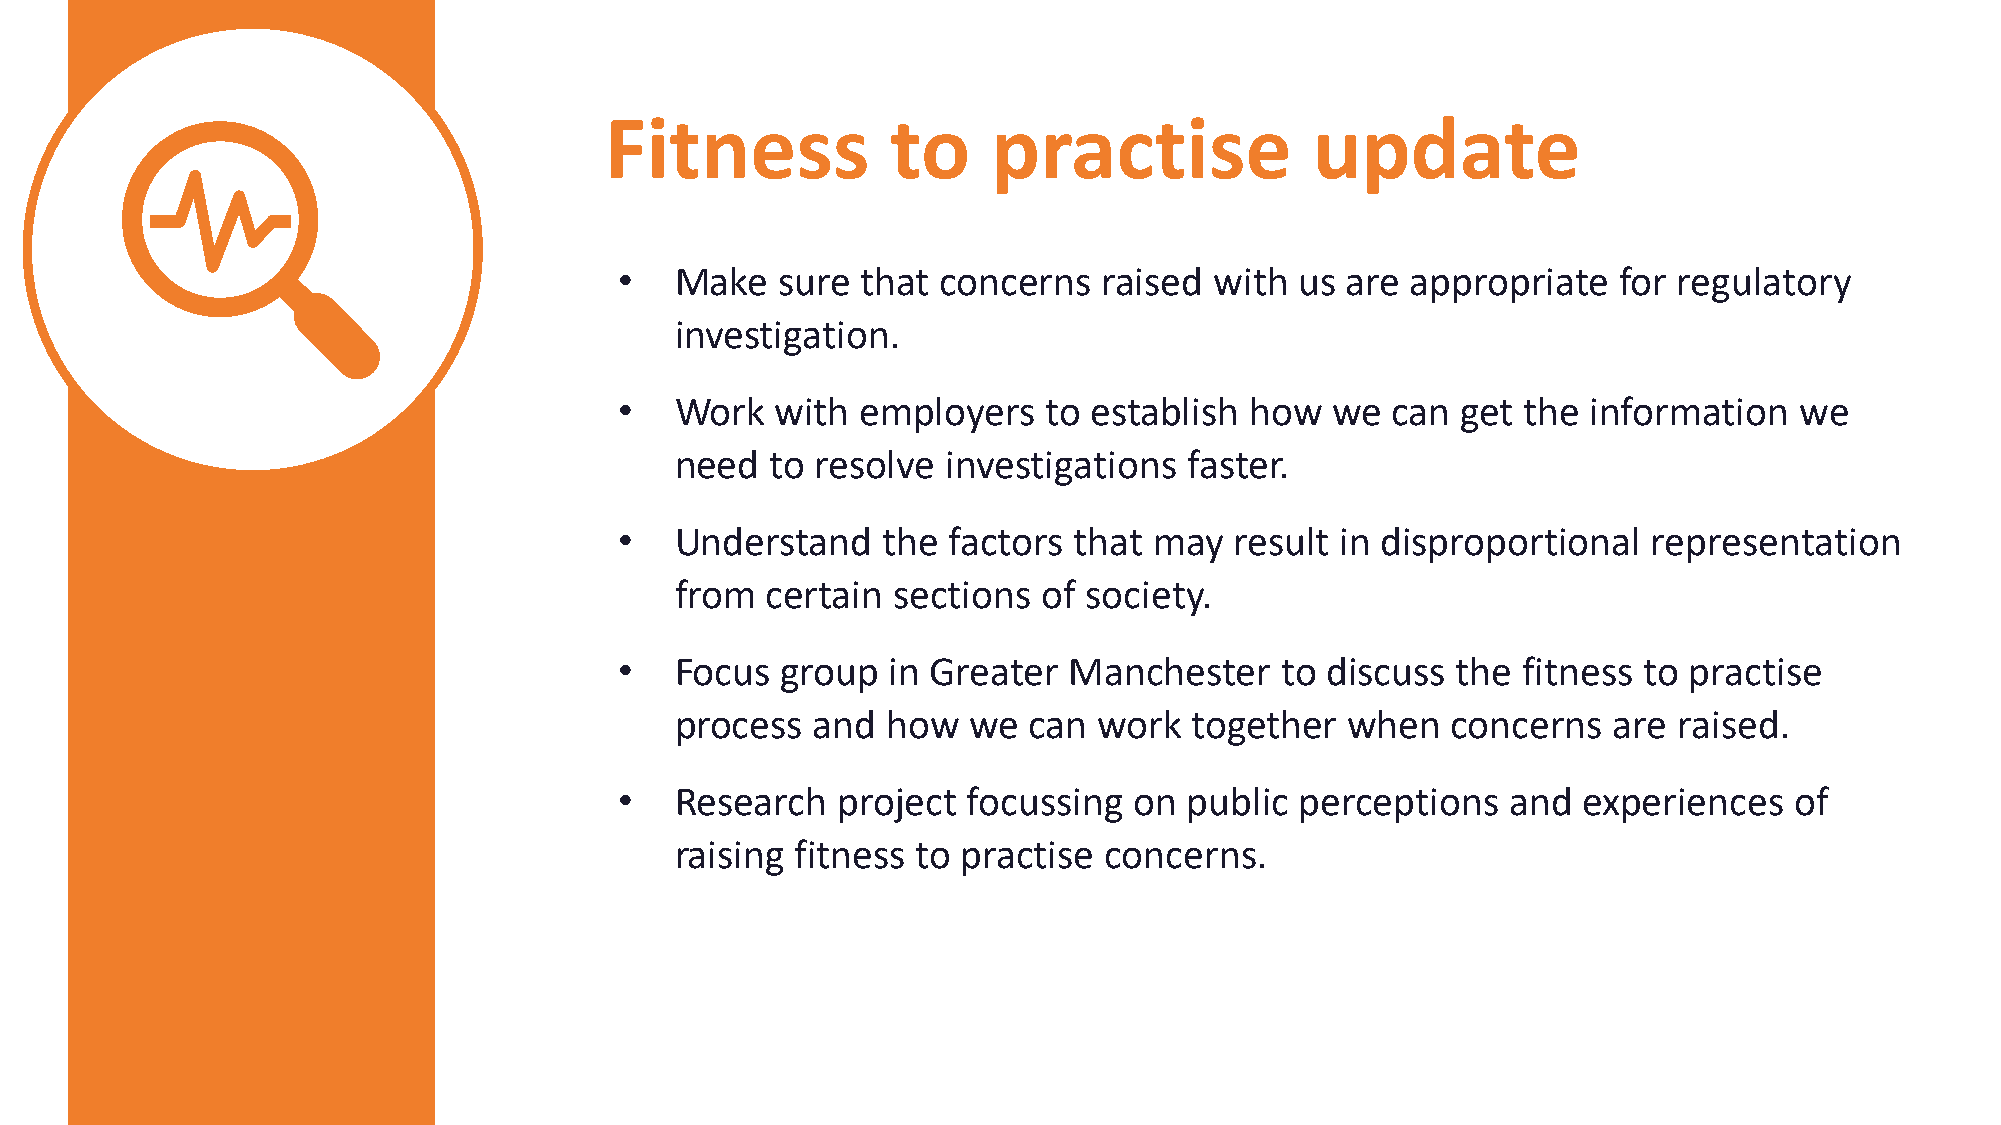
Fitness            to     practise             update
 •   Make   sure that concerns   raised with  us are appropriate   for regulatory
 investigation.
 •   Work  with  employers   to establish  how  we  can  get the information   we
 need  to resolve  investigations  faster.
 •   Understand   the  factors that may   result in disproportional  representation
 from  certain sections  of society.
 •   Focus  group  in Greater  Manchester    to discuss the  fitness to practise
 process  and  how  we  can  work  together  when   concerns   are raised.
 •   Research  project  focussing  on  public perceptions   and  experiences   of
 raising fitness to practise concerns.